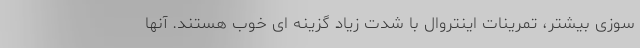
سوزی بیشتر، تمرینات اینتروال با شدت زیاد گزینه ای خوب هستند. آنها